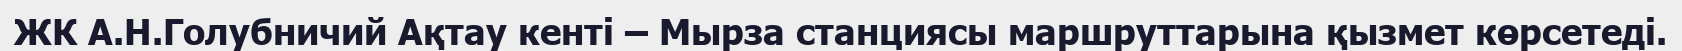
ЖК А.Н.Голубничий Ақтау кенті – Мырза станциясы маршруттарына қызмет көрсетеді.